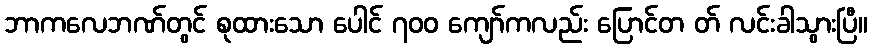
ဘာကလေဘဏ်တွင် စုထားသော ပေါင် ၇၀၀ ကျော်ကလည်း ပြောင်တ တ် လင်းခါသွားပြီ။